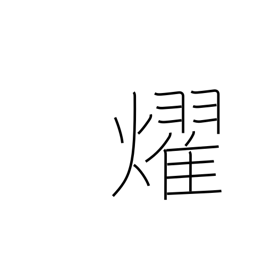
Meaning: shine